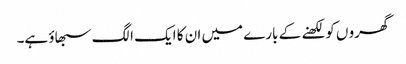
گھرو ں کو لکھنے کے بارے میں ان کا ایک الگ سبھاؤ ہے۔